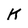
Character: K